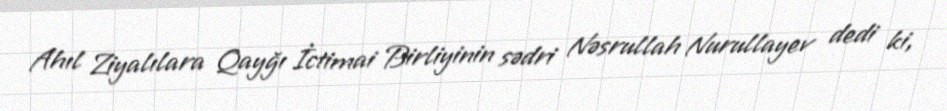
Ahıl Ziyalılara Qayğı İctimai Birliyinin sədri Nəsrullah Nurullayev dedi ki,